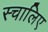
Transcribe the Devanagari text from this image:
स्चालिए